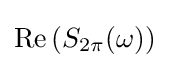
\operatorname {Re} {(S_{2\pi }(\omega ))}